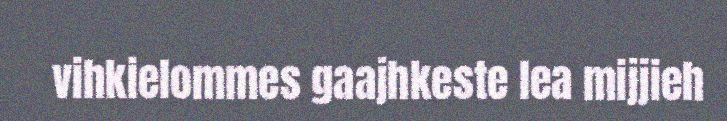
vihkielommes gaajhkeste lea mijjieh